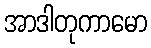
အာဒါတုကာမော